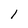
Character: 1